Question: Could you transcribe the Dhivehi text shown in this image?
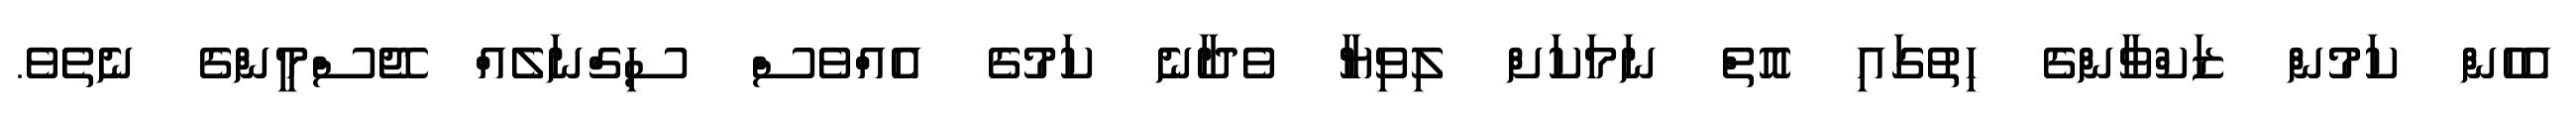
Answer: އެހެން ކަމުން ޒަކްވާންގެ ހިތުގައި އޮތް ނަމަކަށް ލިވިޔާ ވެދާނެ ކަމުގެ އެއްވެސް ސިގްނަލެއް ޖޭސްމީންގެ ނެތެވެ.